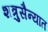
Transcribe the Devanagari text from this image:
शत्रुसैन्यात